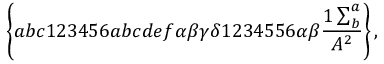
\left\{ a b c 1 2 3 4 5 6 a b c d e f \alpha \beta \gamma \delta 1 2 3 4 5 5 6 \alpha \beta \frac { 1 \sum _ { b } ^ { a } } { A ^ { 2 } } \right\} ,